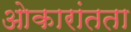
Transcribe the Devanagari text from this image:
ओकारांतता